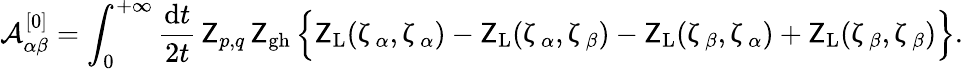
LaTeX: {\mathcal A}_{\alpha\beta}^{[0]}=\int_{0}^{+\infty}\frac{\mathrm{d}t}{2t}\, \mathsf{Z}_{p,q}\, \mathsf{Z}_{\mathrm{gh}}\, \Big\{ \mathsf{Z}_{\mathrm{L}}(\upzeta_{\alpha},\upzeta_{\alpha})-\mathsf{Z}_{\mathrm{L}}(\upzeta_{\alpha},\upzeta_{\beta})-\mathsf{Z}_{\mathrm{L}}(\upzeta_{\beta},\upzeta_{\alpha})+\mathsf{Z}_{\mathrm{L}}(\upzeta_{\beta},\upzeta_{\beta})\Big\} .